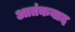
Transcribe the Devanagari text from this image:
अातंकवाद